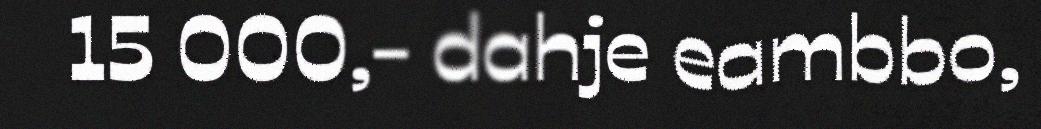
15 000,- dahje eambbo,